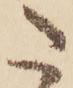
た